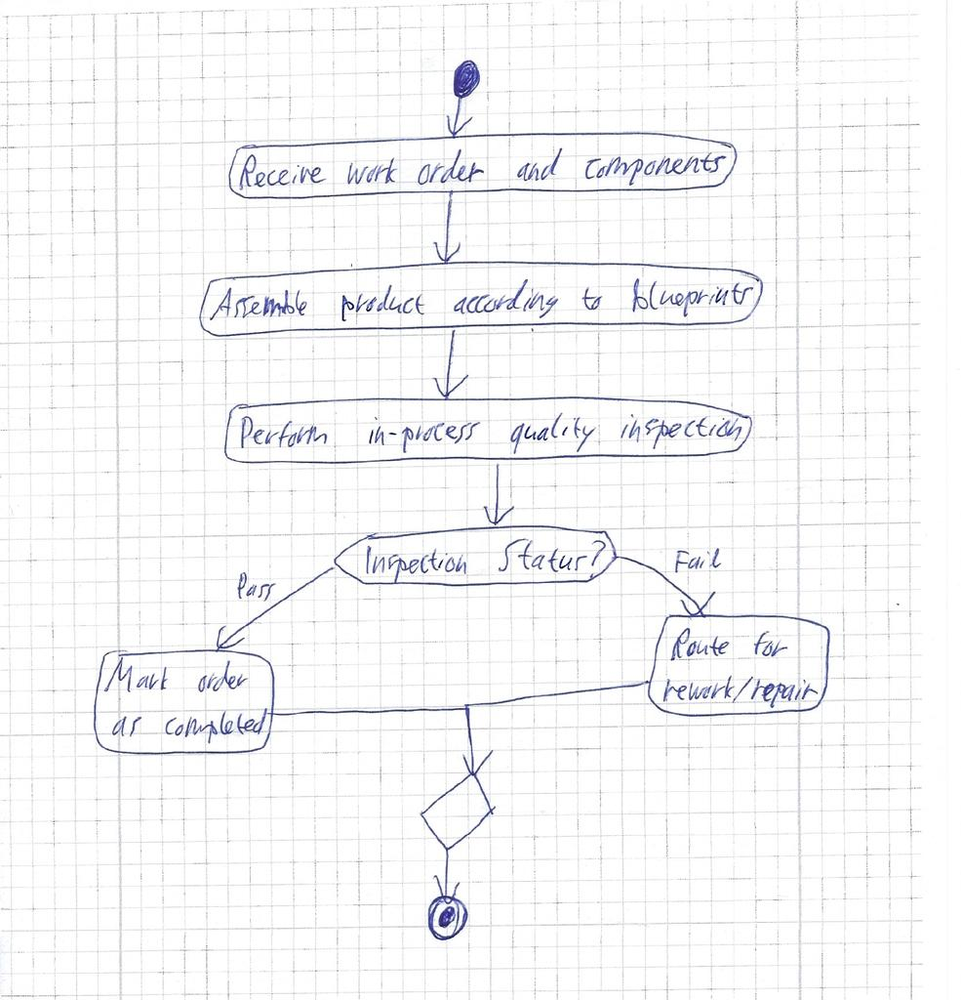
Diagram type: activity_diagram
```plantuml
@startuml

start

:Receive work order and components;
:Assemble product according to blueprints;
:Perform in-process quality inspection;

if (Inspection Status?) then (Pass)
  :Mark order as completed;
else (Fail)
  :Route for rework/repair;
endif

stop

@enduml
```